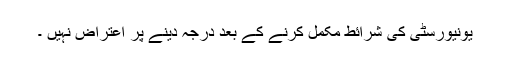
یونیورسٹی کی شرائط مکمل کرنے کے بعد درجہ دینے پر اعتراض نہیں ۔